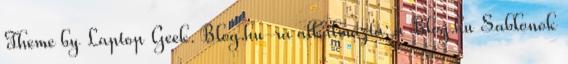
Theme by Laptop Geek. Blog.hu-ra alkalmazta: a Blog.hu Sablonok